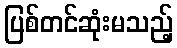
ပြစ်တင်ဆုံးမသည့်